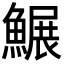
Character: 䱼